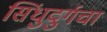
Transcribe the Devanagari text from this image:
सिंधुदुर्गचा